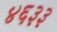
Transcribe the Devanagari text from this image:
४६३३